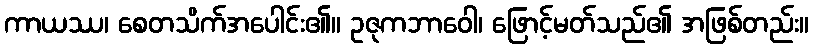
ကာယဿ၊ စေတသိက်အပေါင်း၏။ ဥဇုကဘာဝေါ၊ ဖြောင့်မတ်သည်၏ အဖြစ်တည်း။